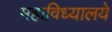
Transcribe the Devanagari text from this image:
महाविध्यालये